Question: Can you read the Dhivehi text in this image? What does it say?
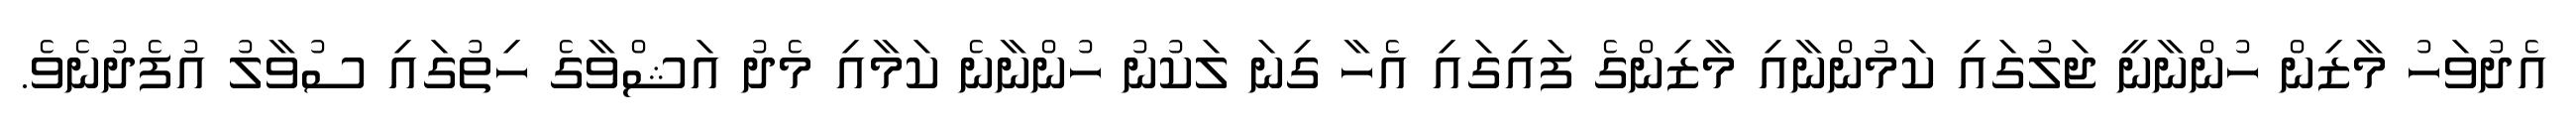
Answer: އެދުވަހު މާޒިން ހުންނާނީ ޖަލުގައި ކަމުންނާއި މާޒިންގެ ފައިގައި އެހާ ގިނަ ލަކުނު ހުންނާނެ ކަމާއި މެދު އަޝްވާގެ ހިތުގައި ސުވާލު އުފެދުނެވެ.